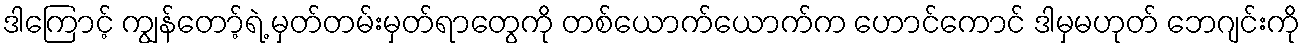
ဒါကြောင့် ကျွန်တော့်ရဲ့ မှတ်တမ်းမှတ်ရာတွေကို တစ်ယောက်ယောက်က ဟောင်ကောင် ဒါမှမဟုတ် ဘေဂျင်းကို